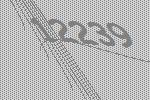
12239